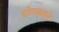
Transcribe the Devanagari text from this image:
योगबलाने